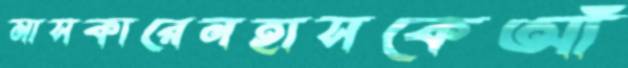
মাসকারেনহাসকেআঁ